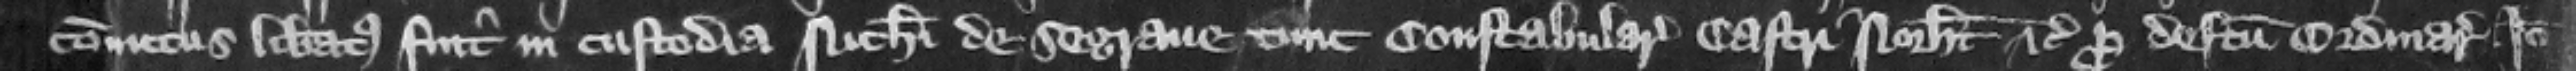
conuictus liberatus fuit in custodia Nicolai de Segraue tunc constabularii castri Northamton etc. pro defectu ordinarii. Ideo